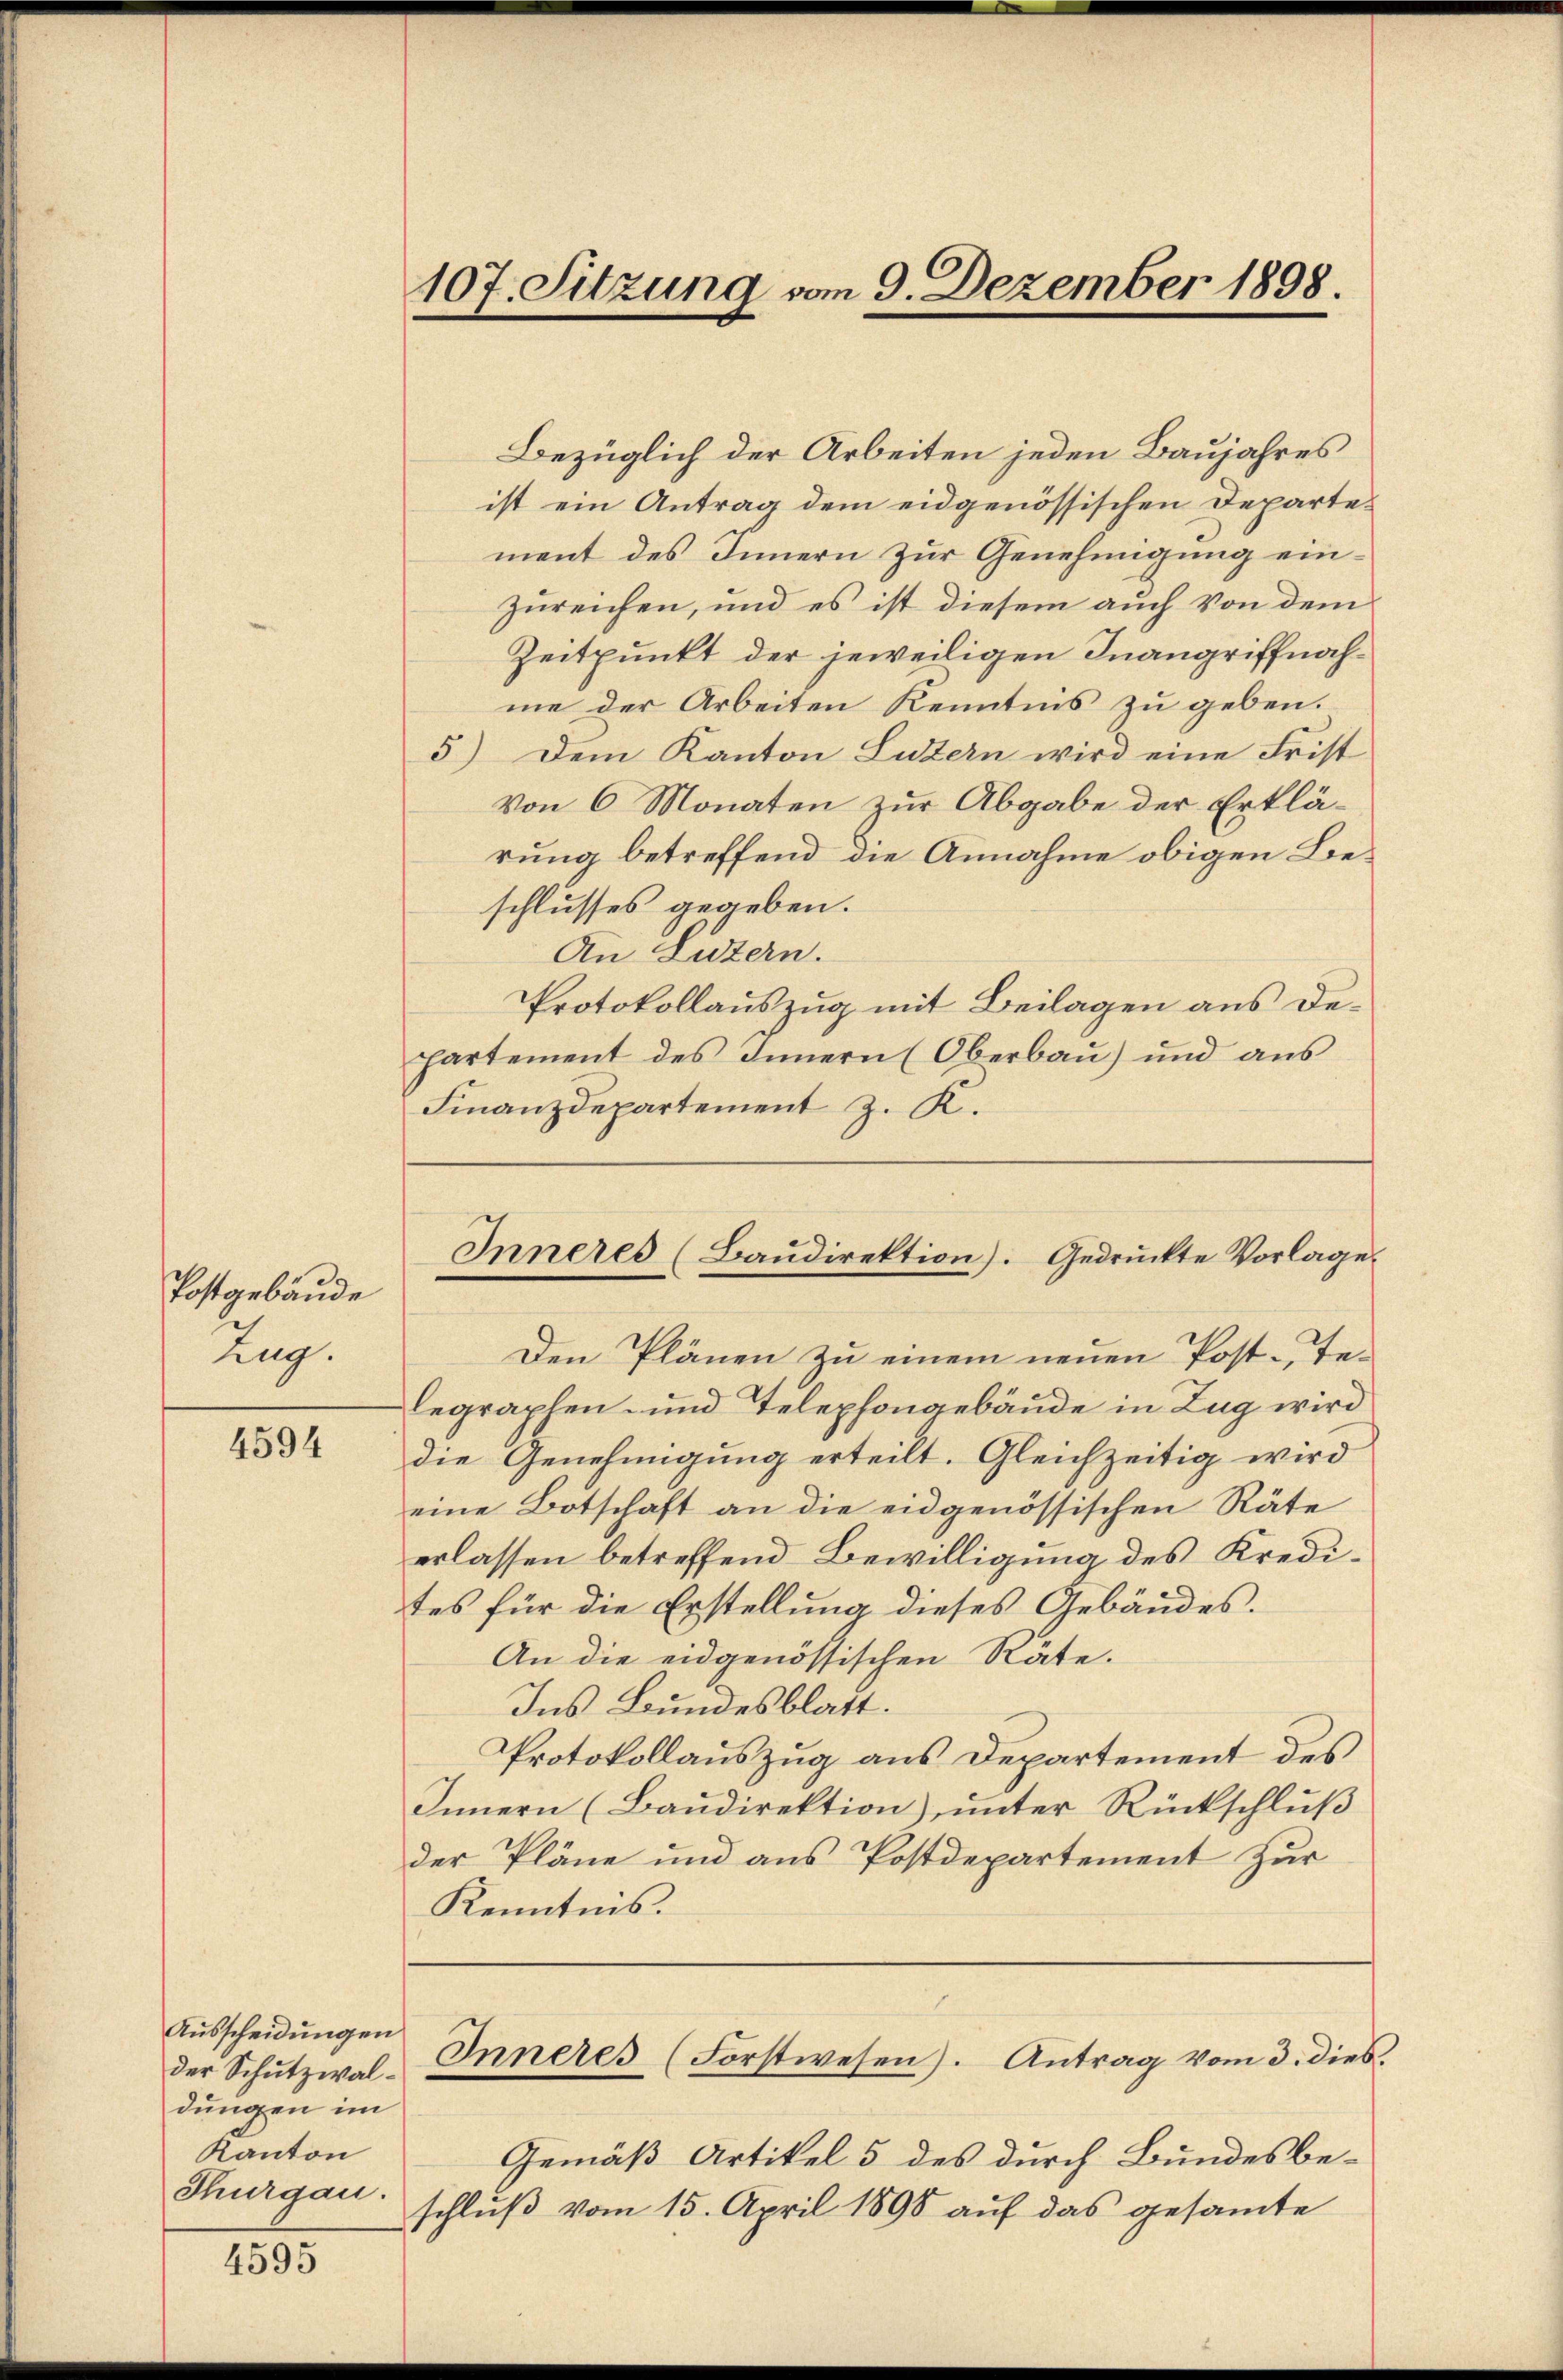
Postgebäude
Zug.

4594

Ausscheidungen
der Schutzwaldungen im
Kanton
Thurgau.

4595

Bezüglich der Arbeiten jeden Baujahres
ist ein Antrag dem eidgenössischen Departement des Innern zur Genehmigung einzureichen, und es ist diesem auch von dem
Zeitpunkt der jeweiligen Inangriffnahme der Arbeiten Kenntnis zu geben.
5) Dem Kanton Luzern wird eine Frist
Von 6 Monaten zur Abgabe der Erklärung betreffend die Annahme obigen Beschlusses gegeben.
An Luzern.
Protokollauszug mit Beilagen aus Departement des Innern (Oberbaŭ) und aŭs
Finanzdepartement z. K.
Den Plänen zu einem neuen Post-Telegraphen- und Telephongebäude in Zug wird
die Genehmigung erteilt. Gleichzeitig wird
eine Botschaft an die eidgenössischen Räte
erlassen betreffend Bewilligung des Kredites für die Erstellung dieses Gebäudes.
An die eidgenössischen Räte.
Ins Bundesblatt.
Protokollauszug aus Departement des
Innern (Baudirektion), unter Rückschluß
der Pläne und aus Postdepartement zur
Kenntnis.
.
Inneres (Forstwesen). Antrag vom 3. dies
Gemäß Artikel 5 des durch Bundesbe-
schlŭβ vom 15. April 1898 aŭf das gesamte

107. Sitzung vom 9. Dezember 1898.

Inneres (Baŭdirektion). Gedrückte Vorlage.